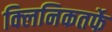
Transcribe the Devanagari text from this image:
क्‍लिनिकतर्फे